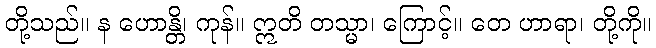
တို့သည်။ န ဟောန္တိ၊ ကုန်။ ဣတိ တသ္မာ၊ ကြောင့်။ တေ ဟာရာ၊ တို့ကို။